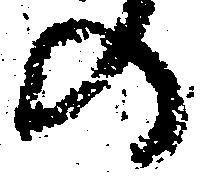
の